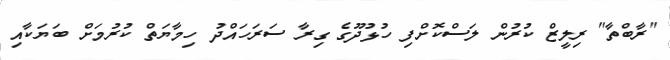
"ރާބްތާ" ރިލީޒް ކުރުން ލަސްކޮށްފި ހުޅުދޫގެ ގިރާ ސަރަހައްދު ހިމާޔަތް ކުރުމަށް ބަޔަކާއި